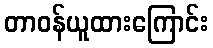
တာဝန်ယူထားကြောင်း